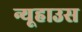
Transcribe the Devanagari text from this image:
न्यूहाउस